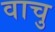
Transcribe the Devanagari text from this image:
वाचु